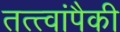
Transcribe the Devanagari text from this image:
तत्त्वांपैकी